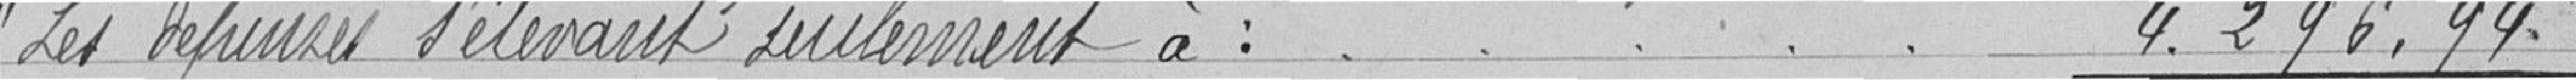
Les dépenses s'élevant seulement à : 4. 296. 94